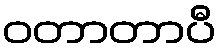
ဝတာတာပီ